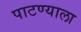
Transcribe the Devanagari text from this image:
पाटण्याला